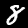
Digit: 8